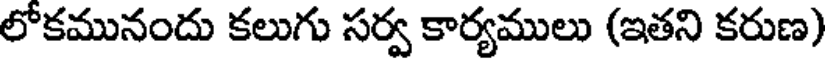
లోకమునందు కలుగు సర్వ కార్యములు (ఇతని కరుణ)